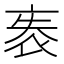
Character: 袠